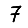
Digit: 7